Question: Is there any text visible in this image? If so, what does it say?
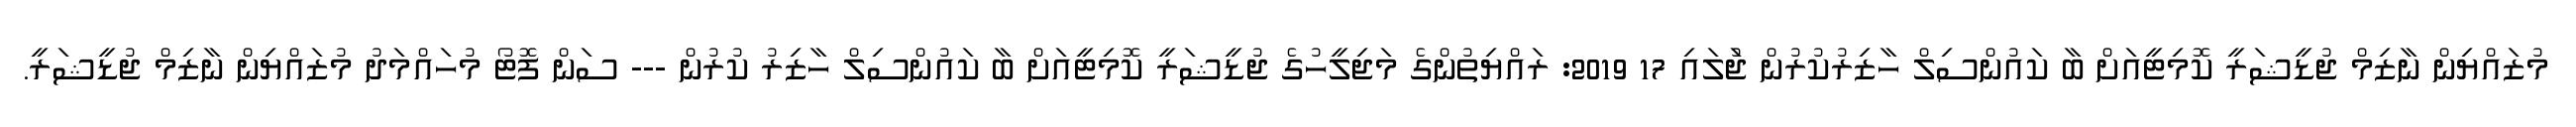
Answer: މުޒައްޔިން ނާޒިމް ޖުޑީޝަރީ ކޮމިޓީއަށް ބާ ކައުންސިލް ހާޒިރުކުރުން ޖުަލައި 17 2019: ރައްޔިތުންގެ މަޖިލީހުގެ ޖުޑީޝަރީ ކޮމިޓީއަށް ބާ ކައުންސިލް ހާޒިރު ކުރުން --- ސަން ފޮޓޯ މުހައްމަދު މުޒައްޔިން ނާޒިމް ޖުޑީޝަރީ.